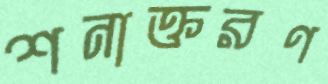
শনাক্তরণ